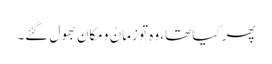
پھر کیا تھا، وہ تو زمانُ و مکان بھول گئے۔